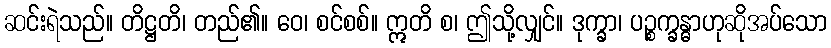
ဆင်းရဲသည်။ တိဋ္ဌတိ၊ တည်၏။ ဝေ၊ စင်စစ်။ ဣတိ စ၊ ဤသို့လျှင်။ ဒုက္ခာ၊ ပဉ္စက္ခန္ဓာဟုဆိုအပ်သော